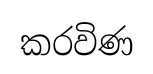
කරවිණ